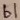
Text: b1